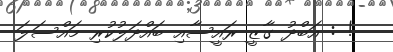
! : އަބްދު ގާޒީ ރައީސާއި ބައްދަލުކުރި މައްސަލަ